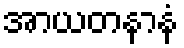
အာယတနာနံ